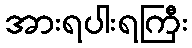
အားရပါးရကြီး